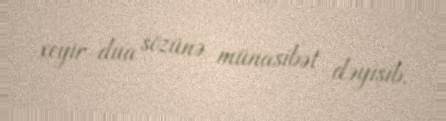
xeyir-dua sözünə münasibət dəyişib.